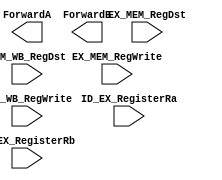
module forwardingunit (
	input EX_MEM_RegWrite,MEM_WB_RegWrite,
	input [2:0] EX_MEM_RegDst,MEM_WB_RegDst,ID_EX_RegisterRa,ID_EX_RegisterRb,
	output [1:0] ForwardA,ForwardB);
	assign ForWardA = ((EX_MEM_RegWrite == 1'b1) && (EX_MEM_RegDst == ID_EX_RegisterRa)) ? 2'b01:
							((MEM_WB_RegWrite == 1'b1) && ( MEM_WB_RegDst == ID_EX_RegisterRa))? 2'b10:
							2'b00;
							
	assign ForWardB = ((EX_MEM_RegWrite == 1'b1) && (EX_MEM_RegDst == ID_EX_RegisterRb)) ? 2'b01:
							((MEM_WB_RegWrite == 1'b1) && ( MEM_WB_RegDst == ID_EX_RegisterRb))? 2'b10:
							2'b00;
endmodule